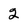
Character: 2